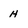
Character: h